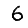
Digit: 6